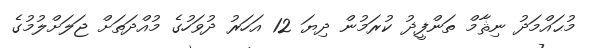
މުޙައްމަދު ނިޘާމް ތަންފީޛު ކުރަމުން ދިޔަ 12 އަހަރު ދުވަހުގެ މުއްދަތަށް ޖަލަށްލުމުގެ